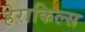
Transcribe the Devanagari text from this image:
हेराकिल्स